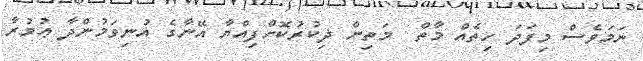
ނަމަވެސް މިފަދަ ހިތެއް މާތް  މަތިން ޛިކުރުކޮށްފިއްޔާ އޭނާގެ އުނިވަމުންދާ ޢުމުރާ